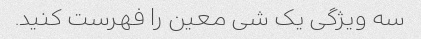
سه ویژگی یک شی معین را فهرست کنید.